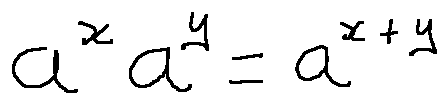
a ^ { x } a ^ { y } = a ^ { x + y }